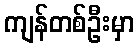
ကျန်တစ်ဦးမှာ